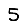
Digit: 5